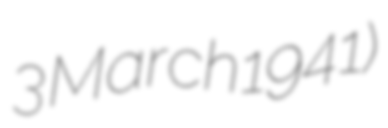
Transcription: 3 March 1941)